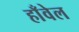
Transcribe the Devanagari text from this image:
हाँवेल